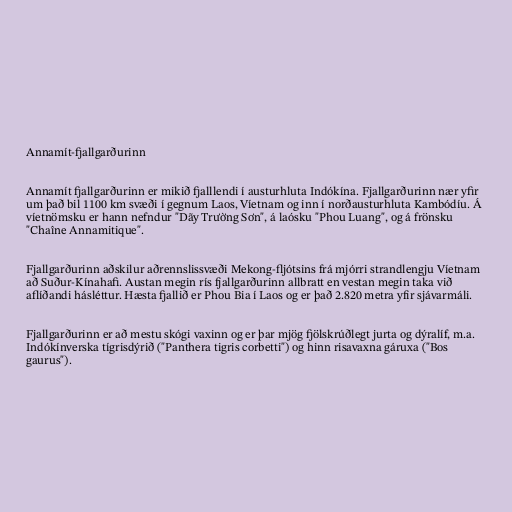
Annamít-fjallgarðurinn

Annamít fjallgarðurinn er mikið fjalllendi í austurhluta Indókína. Fjallgarðurinn nær yfir
um það bil 1100 km svæði í gegnum Laos, Víetnam og inn í norðausturhluta Kambódíu. Á
víetnömsku er hann nefndur "Dãy Trường Sơn", á laósku "Phou Luang", og á frönsku
"Chaîne Annamitique".

Fjallgarðurinn aðskilur aðrennslissvæði Mekong-fljótsins frá mjórri strandlengju Víetnam
að Suður-Kínahafi. Austan megin rís fjallgarðurinn allbratt en vestan megin taka við
aflíðandi hásléttur. Hæsta fjallið er Phou Bia í Laos og er það 2.820 metra yfir sjávarmáli.

Fjallgarðurinn er að mestu skógi vaxinn og er þar mjög fjölskrúðlegt jurta og dýralíf, m.a.
Indókínverska tígrisdýrið ("Panthera tigris corbetti") og hinn risavaxna gáruxa ("Bos
gaurus").